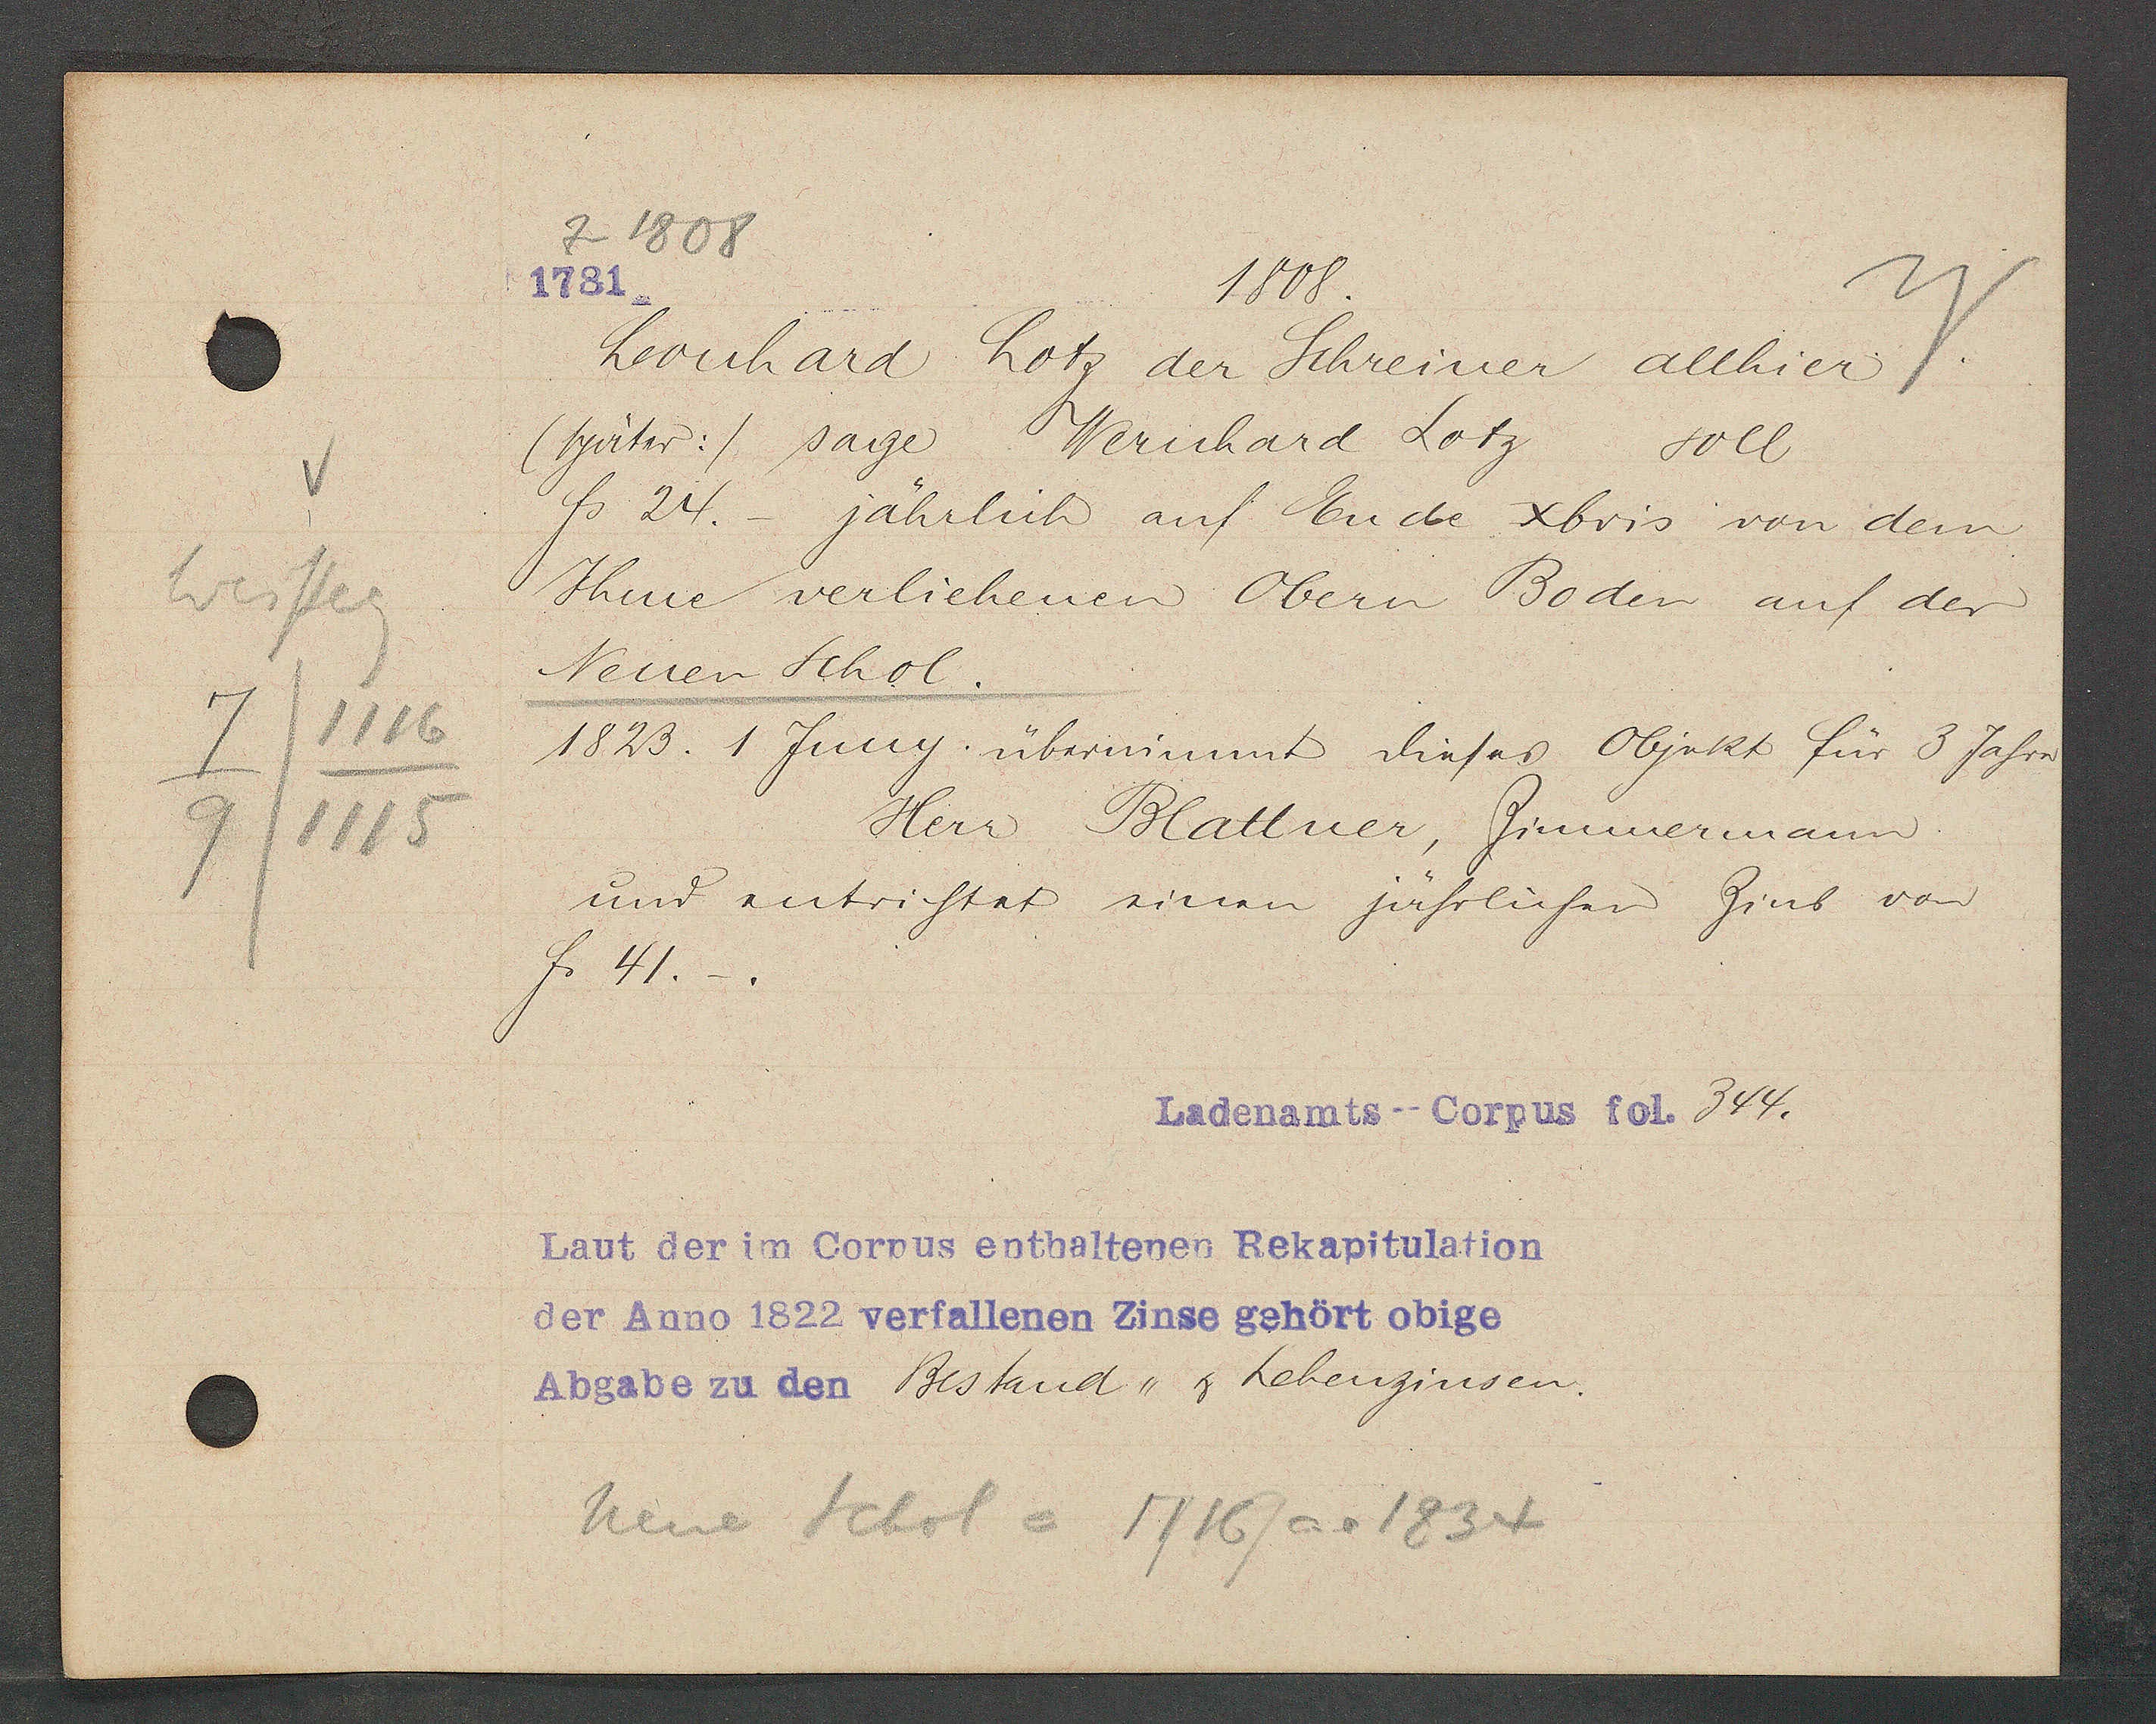
Transcript:
Weisseg
7/1116
9/1115

Z 1808
1781
1808.
Leonhard Lotz der Schreiner allhier.
(später:). sage Wernhard Lotz
soll
fs 24. - jährlich auf Ende xbris von dem
Ihme verliehenen Obern Boden auf der
Neuen Schol.
1823. 1 Jung. übernimmt dieses Objekt für 3 Jahre.
Herr Blattner, Zimmermann.
und entrichtet sinen jährlichen  Zins von
Fr 41.

Ladenamts -Corpus fol. 344.

Laut der im Corpus enthaltenen Rekapitulation
der Anno 1822 verfallenen Zinse gehört obige
Abgabe zu den Bestand " z Lebenzinsen.
 neue Schol = 1716/ ao 1834